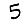
Digit: 5